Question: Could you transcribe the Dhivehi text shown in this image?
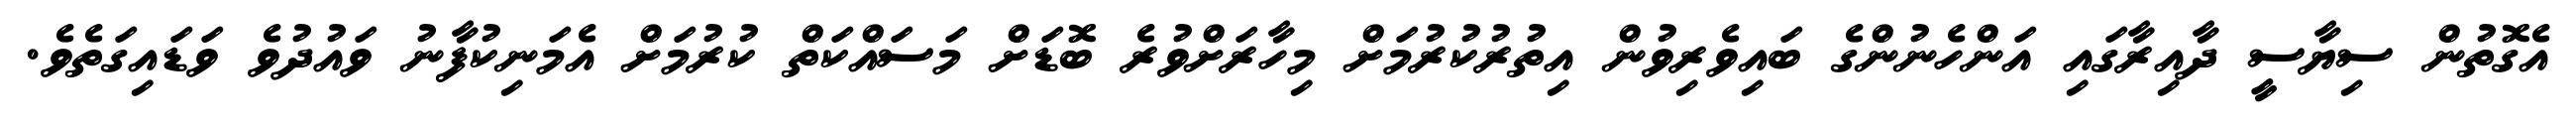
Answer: އެގޮތުން ސިޔާސީ ދާއިރާގައި އަންހެނުންގެ ބައިވެރިވުން އިތުރުކުރުމަށް މިހާރަށްވުރެ ބޮޑަށް މަސައްކަތް ކުރުމަށް އެމަނިކުފާނު ވައުދުވެ ވަޑައިގަތެވެ.